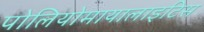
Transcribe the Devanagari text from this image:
पोलियोमायालाइटिस